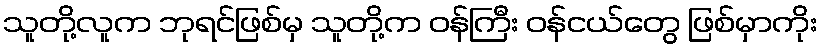
သူတို့လူက ဘုရင်ဖြစ်မှ သူတို့က ဝန်ကြီး ဝန်ငယ်တွေ ဖြစ်မှာကိုး